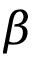
\beta